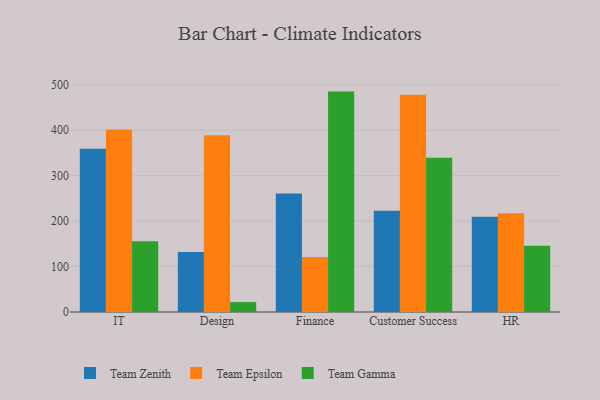
{"axis": {"x": "Department", "y": "Gross Profit (USD K)"}, "legend": ["Team Epsilon", "Team Gamma", "Team Zenith"], "data": [{"x": "IT", "y": 359.3, "type": "Team Zenith"}, {"x": "IT", "y": 401.5, "type": "Team Epsilon"}, {"x": "IT", "y": 155.4, "type": "Team Gamma"}, {"x": "Design", "y": 131.9, "type": "Team Zenith"}, {"x": "Design", "y": 388.7, "type": "Team Epsilon"}, {"x": "Design", "y": 21.8, "type": "Team Gamma"}, {"x": "Finance", "y": 260.9, "type": "Team Zenith"}, {"x": "Finance", "y": 121.1, "type": "Team Epsilon"}, {"x": "Finance", "y": 484.9, "type": "Team Gamma"}, {"x": "Customer Success", "y": 222.8, "type": "Team Zenith"}, {"x": "Customer Success", "y": 477.8, "type": "Team Epsilon"}, {"x": "Customer Success", "y": 339.3, "type": "Team Gamma"}, {"x": "HR", "y": 209.4, "type": "Team Zenith"}, {"x": "HR", "y": 217.2, "type": "Team Epsilon"}, {"x": "HR", "y": 145.5, "type": "Team Gamma"}]}